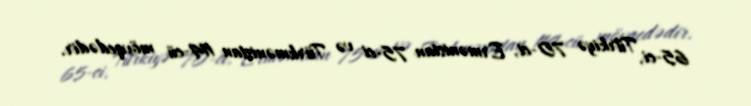
65-ci, Türkiyə 70-ci, Ermənistan 75-ci və Türkmənistan 114-cü mövqedədir.